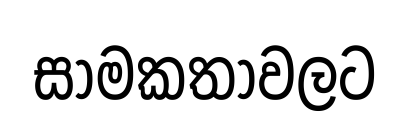
සාමකතාවලට